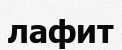
лафит